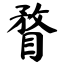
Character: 瞀